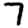
Digit: 7